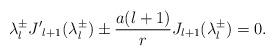
LaTeX: \begin{align*}\lambda^\pm_l {J'}_{l+1}(\lambda^\pm_l )\pm \frac {a(l+1)}r J_{l+1}(\lambda^\pm_l )=0. \end{align*}